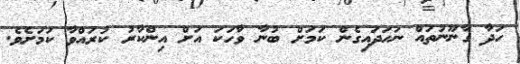
ހަދާ ގާނޫނުތައް ނަހަދައިގެން ކަމަށް ބުނާ ވާހަކަ އަށް އިންކާރު ކުރައްވާ ކަމަށެވެ.